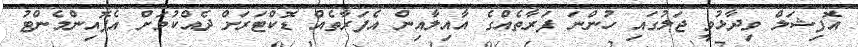
އޮފިޝަލް ވިދާޅުވީ ޖަލުގައި ހުންނަ ފަރާތެއްގެ އާއިލާއިން އެފަރާތެއް ޑޮކްޓަރަށް ދެއްކުމަށް އެޕޮއިންމެންޓު